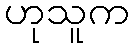
ဟုသူက